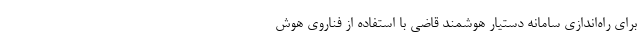
برای راه‌اندازی سامانه دستیار هوشمند قاضی با استفاده از فناروی هوش